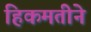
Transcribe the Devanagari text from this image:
हिकमतीने